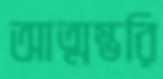
আত্মম্ভরি